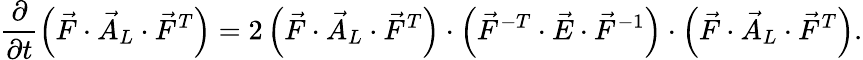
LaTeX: \frac{\partial}{\partial t}\left(\vec{F}\cdot\vec{A}_{L}\cdot\vec{F}^{T}\right)=2\left(\vec{F}\cdot\vec{A}_{L}\cdot\vec{F}^{T}\right)\cdot\left(\vec{F}^{-T}\cdot\vec{E}\cdot\vec{F}^{-1}\right)\cdot\left(\vec{F}\cdot\vec{A}_{L}\cdot\vec{F}^{T}\right).